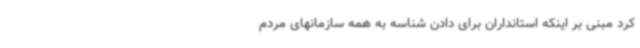
کرد مبنی بر اینکه استانداران برای دادن شناسه به همه سازمانهای مردم